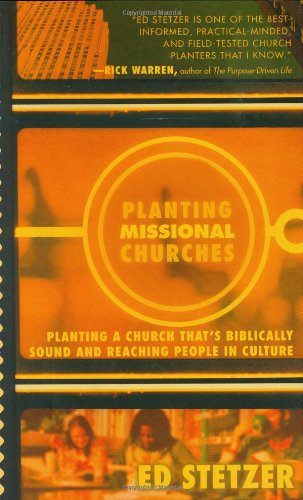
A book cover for Planting Missional Churches; Ed Stetzer; Christian Books & Bibles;